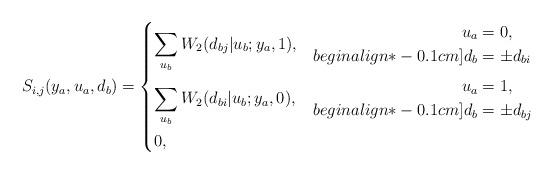
LaTeX: \begin{align*} S_{i,j}(y_a,u_a,d_b) &= \begin{dcases} \smashoperator[r]{\sum_{u_b}} W_2(d_{bj}|u_b;y_a, 1), & \begin{aligned} u_a&=0, \\begin{align*}-0.1cm] d_b&=\pm d_{bi}\end{aligned} \\ \smashoperator[r]{\sum_{u_b}} W_2(d_{bi}|u_b;y_a, 0), & \begin{aligned} u_a&=1, \\begin{align*}-0.1cm] d_b&=\pm d_{bj}\end{aligned}\\ 0, & \end{dcases} \end{align*}